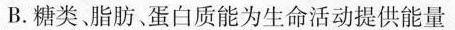
B.糖类、脂肪蛋白质能为生命活动提供能量